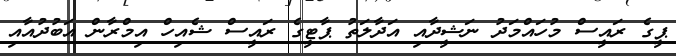
ޕީގެ ރައީސް މުހައްމަދު ނަޝީދާއި އަދާލަތު ޕާޓީގެ ރައީސް ޝެއިހް އިމްރާން އަބުދުއާއި